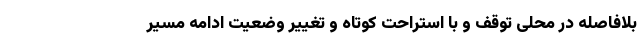
بلافاصله در محلی توقف و با استراحت کوتاه و تغییر وضعیت ادامه مسیر